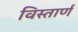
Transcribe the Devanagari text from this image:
विस्तार्ण